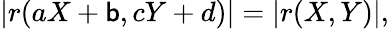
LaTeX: |r(aX+\mathsf{b},cY+d)|=|r(X,Y)|,